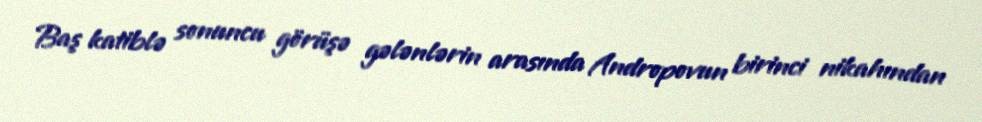
Baş katiblə sonuncu görüşə gələnlərin arasında Andropovun birinci nikahından